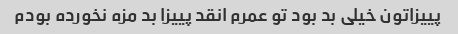
پییزاتون خیلی بد بود تو عمرم انقد پییزا بد مزه نخورده بودم